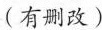
(有删改)